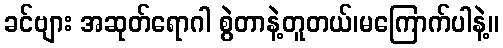
ခင်ဗျား အဆုတ်ရောဂါ စွဲတာနဲ့တူတယ်၊မကြောက်ပါနဲ့။